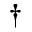
^ { \dag }